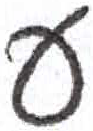
אות: ע